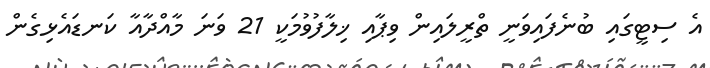
އެ ސިޓީގައި ބުނެފައިވަނީ ތްރީލައިން ވިޕާއި ޚިލާފުވުމަކީ 21 ވަނަ މާއްދާއާ ކަނޑައެޅިގެން